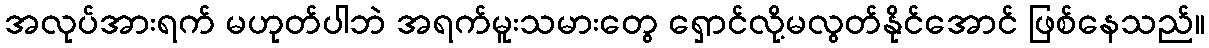
အလုပ်အားရက် မဟုတ်ပါဘဲ အရက်မူးသမားတွေ ရှောင်လို့မလွတ်နိုင်အောင် ဖြစ်နေသည်။